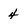
Character: 4